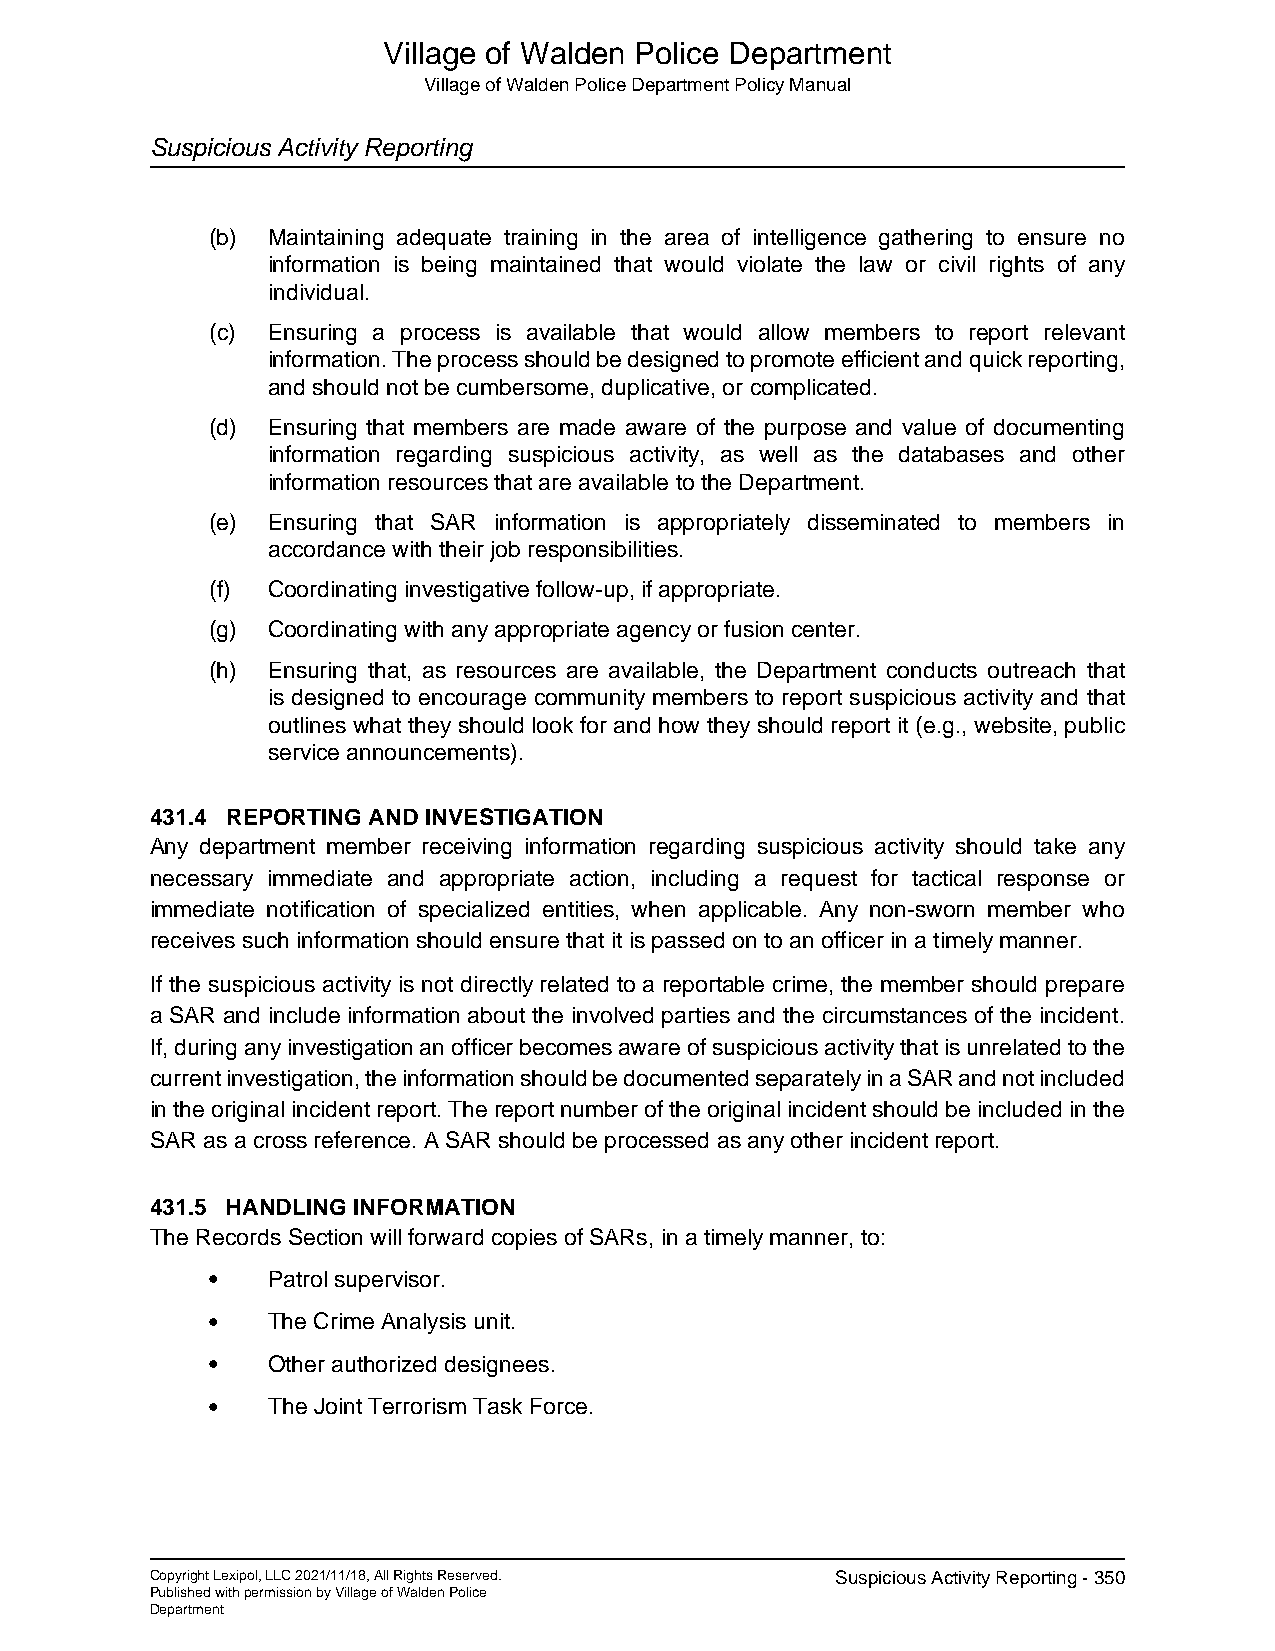
Village of Walden Police Department
 Village of Walden Police Department Policy Manual
 Suspicious Activity Reporting
 (b) Maintaining adequate training in the area of intelligence gathering to ensure no
 information is being maintained that would violate the law or civil rights of any
 individual.
 (c) Ensuring a process is available that would allow members to report relevant
 information. The process should be designed to promote efficient and quick reporting,
 and should not be cumbersome, duplicative, or complicated.
 (d) Ensuring that members are made aware of the purpose and value of documenting
 information regarding suspicious activity, as well as the databases and other
 information resources that are available to the Department.
 (e) Ensuring that SAR information is appropriately disseminated to members in
 accordance with their job responsibilities.
 (f) Coordinating investigative follow-up, if appropriate.
 (g) Coordinating with any appropriate agency or fusion center.
 (h) Ensuring that, as resources are available, the Department conducts outreach that
 is designed to encourage community members to report suspicious activity and that
 outlines what they should look for and how they should report it (e.g., website, public
 service announcements).
 431.4 REPORTING AND INVESTIGATION
 Any department member receiving information regarding suspicious activity should take any
 necessary immediate and appropriate action, including a request for tactical response or
 immediate notification of specialized entities, when applicable. Any non-sworn member who
 receives such information should ensure that it is passed on to an officer in a timely manner.
 If the suspicious activity is not directly related to a reportable crime, the member should prepare
 a SAR and include information about the involved parties and the circumstances of the incident.
 If, during any investigation an officer becomes aware of suspicious activity that is unrelated to the
 current investigation, the information should be documented separately in a SAR and not included
 in the original incident report. The report number of the original incident should be included in the
 SAR as a cross reference. A SAR should be processed as any other incident report.
 431.5 HANDLING INFORMATION
 The Records Section will forward copies of SARs, in a timely manner, to:
 •   Patrol supervisor.
 •   The Crime Analysis unit.
 •   Other authorized designees.
 •   The Joint Terrorism Task Force.
 Copyright Lexipol, LLC 2021/11/18, All Rights Reserved. Suspicious Activity Reporting - 350
 Published with permission by Village of Walden Police
 Department